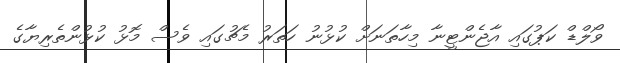
ވޯލްޑް ކަޕުގައި އާޖެންޓީނާ މިހާތަނަށް ކުޅުނު ހަތަރު މެޗުގައި ވެސް މޮޅު ކުޅުންތެރިޔާގެ